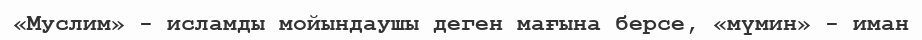
«Муслим» - исламды мойындаушы деген мағына берсе, «мүмин» - иман